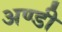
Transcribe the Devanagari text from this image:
अण्डी